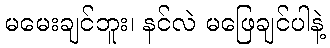
မမေးချင်ဘူး၊ နင်လဲ မဖြေချင်ပါနဲ့